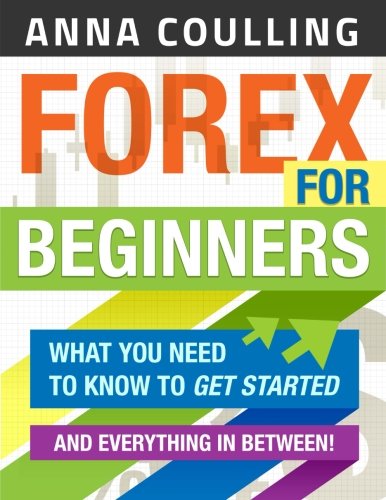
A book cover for Forex For Beginners; Anna Coulling; Business & Money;